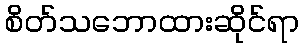
စိတ်သဘောထားဆိုင်ရာ